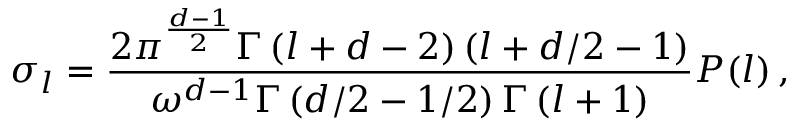
\sigma _ { l } = \frac { 2 \pi ^ { \frac { d - 1 } { 2 } } \Gamma \left( l + d - 2 \right) \left( l + d / 2 - 1 \right) } { \omega ^ { d - 1 } \Gamma \left( d / 2 - 1 / 2 \right) \Gamma \left( l + 1 \right) } P ( l ) \, ,